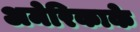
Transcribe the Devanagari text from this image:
अमेरिकाके